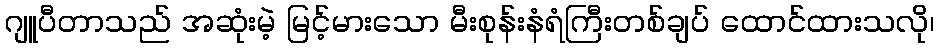
ဂျူပီတာသည် အဆုံးမဲ့ မြင့်မားသော မီးစုန်းနံရံကြီးတစ်ချပ် ထောင်ထားသလို၊